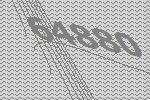
64880